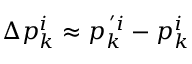
\Delta p _ { k } ^ { i } \approx p _ { k } ^ { \, ^ { \prime } i } - p _ { k } ^ { i }